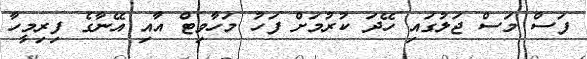
ފަސް މަސް ޖަލުގައި ހޭދަ ކުރުމަށް ފަހު މަހާވިޓް އާއި އޭނާގެ ފިރިމީހާ